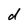
Character: d